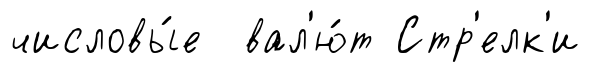
числовы́е вал'ю́т Стр'елк'и